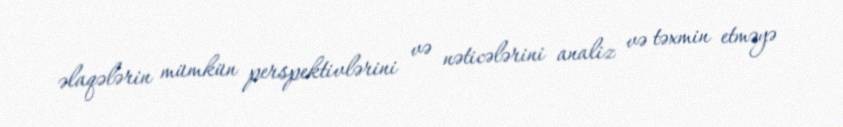
əlaqələrin mümkün perspektivlərini və nəticələrini analiz və təxmin etməyə